画像に写った文字を読んでください
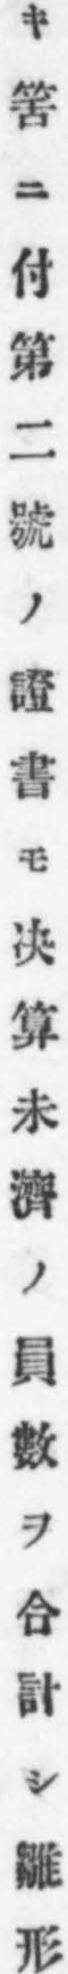
「キ筈ニ付第二號ノ證書モ决算未濟ノ員數ヲ合計シ雛形」と書いてあります